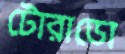
টোরাডো